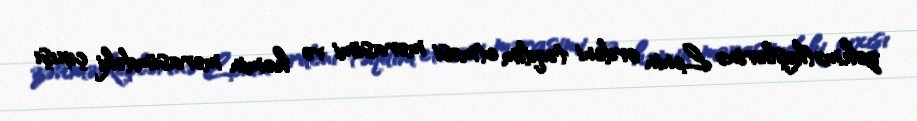
zəhmətkeşlərinə Lenin ordeni təqdim etməsi mərasimi və həmin mərasimdəki çıxışı